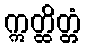
ဣတ္ထိတ္တံ